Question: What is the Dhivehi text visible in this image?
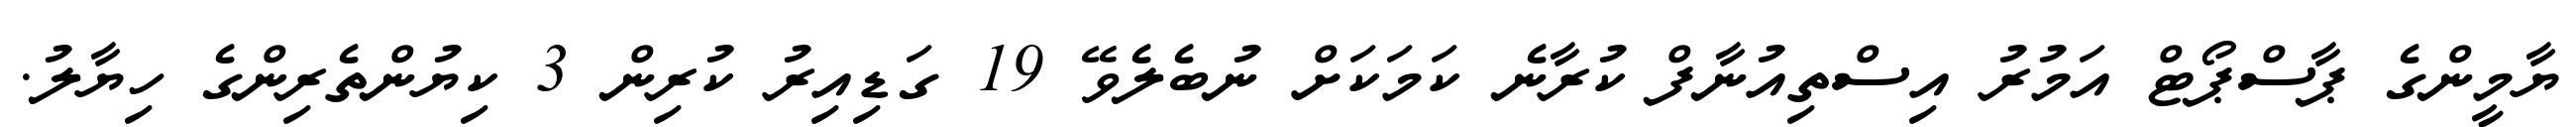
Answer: ޔާމީންގެ ޕާސްޕޯޓް އަމުރު އިސްތިއުނާފް ކުރާނެ ކަމަކަށް ނުބެލެވޭ 19 ގަޑިއިރު ކުރިން 3 ކިޔުންތެރިންގެ ހިޔާލު.